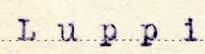
Luppi